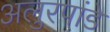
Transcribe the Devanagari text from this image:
अलुरपांडे